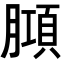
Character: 𭩆